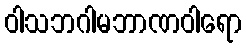
ဝါသဘဂါမဘာဏဝါရော